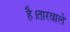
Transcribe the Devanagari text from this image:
है।तारवाले